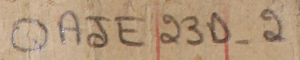
QAJE 23D-2